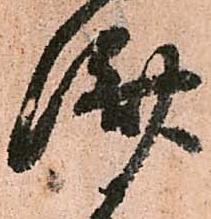
済